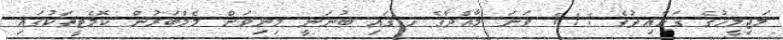
މަޖިލީހުގެ ގަވާއިދުގެ 111 ވަނަ މާއްދާގެ ހ.ގައި ބުނަނީ މިނިވަން މެމްބަރުން ކޮމެޓީތަކުގައި